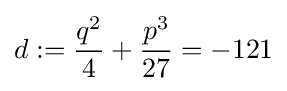
d:={q^{2} \over 4}+{p^{3} \over 27}=-121